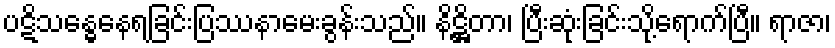
ပဋိသန္ဓေနေရခြင်းပြဿနာမေးခွန်းသည်။ နိဋ္ဌိတာ၊ ပြီးဆုံးခြင်းသို့ရောက်ပြီ။ ရာဇာ၊